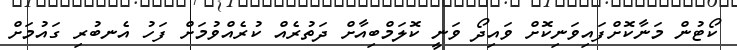
ކޯޓުން މަނާކޮށްފައިވަނިކޮށް ވައިދޯ ވަނީ ކޮލަމްބިއާށް ދަތުރެއް ކުރެއްވުމަށް ފަހު އެނބުރި ގައުމަށް